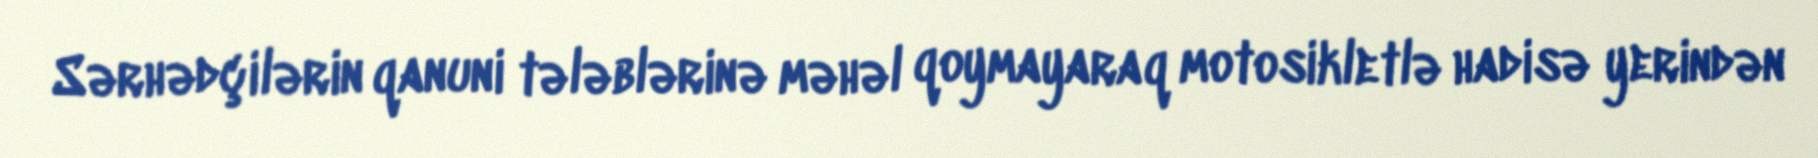
Sərhədçilərin qanuni tələblərinə məhəl qoymayaraq motosikletlə hadisə yerindən